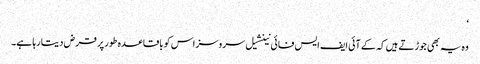
‘
وہ یہ بھی جوڑتے ہیں کہ کے آئی ایف ایس فائی نینشیل سروسز اس کو باقاعدہ طور پر قرض دیتا رہا ہے۔